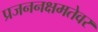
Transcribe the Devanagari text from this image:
प्रजननक्षमतेवर